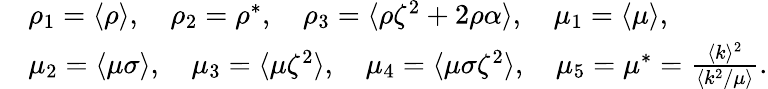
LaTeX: \begin{array}{rl}&{\rho_{1}=\langle\rho\rangle,\quad\rho_{2}=\rho^{*},\quad\rho_{3}=\langle\rho\zeta^{2}+2\rho\alpha\rangle,\quad\mu_{1}=\langle\mu\rangle,}\\ &{\mu_{2}=\langle\mu\sigma\rangle,\quad\mu_{3}=\langle\mu\zeta^{2}\rangle,\quad\mu_{4}=\langle\mu\sigma\zeta^{2}\rangle,\quad\mu_{5}=\mu^{*}=\frac{\langle k\rangle^{2}}{\langle k^{2}/\mu\rangle}.}\end{array}